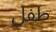
طفل